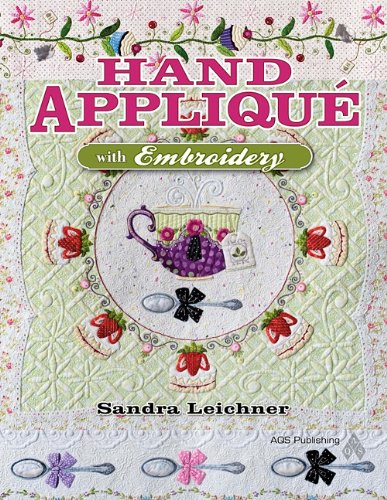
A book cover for Hand AppliquÃ© with Embroidery; Leichner; Crafts, Hobbies & Home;